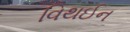
વિથઈન